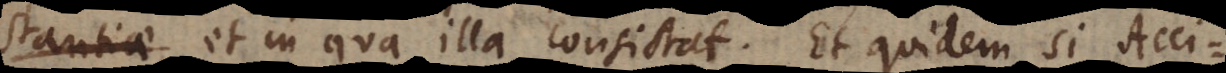
stantiae,, et in qua illa consistat. Et quidem si Accide